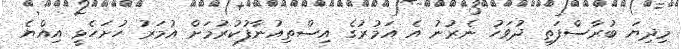
މިދިޔަ ބުރާސްފަތި ދުވަހު ނެރުނު އެ އަމުރުގެ އިސްތިއުނާފުކުރުމަށް އުމަރު ހުށަހެޅީ އިއްޔެ